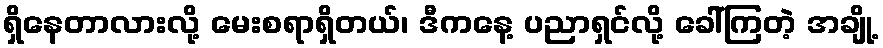
ရှိနေတာလားလို့ မေးစရာရှိတယ်၊ ဒီကနေ့ ပညာရှင်လို့ ခေါ်ကြတဲ့ အချို့